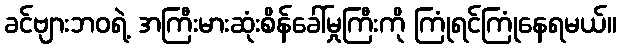
ခင်ဗျားဘဝရဲ့ အကြီးမားဆုံးစိန်ခေါ်မှုကြီးကို ကြုံရင်ကြုံနေရမယ်။